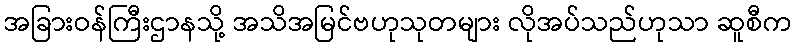
အခြားဝန်ကြီးဌာနသို့ အသိအမြင်ဗဟုသုတများ လိုအပ်သည်ဟုသာ ဆူစီက